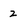
Character: 2